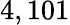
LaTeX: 4,101